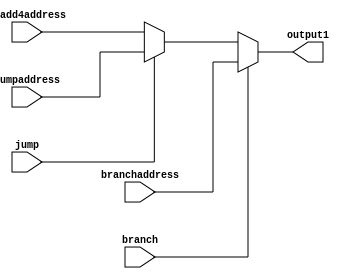
`timescale 1ns / 1ps
//////////////////////////////////////////////////////////////////////////////////
// Company: 
// Engineer: 
// 
// Design Name: 
// Module Name: muxpc
// Project Name: 
// Target Devices: 
// Tool Versions: 
// Description: 
// 
// Dependencies: 
// 
// Revision:
// Revision 0.01 - File Created
// Additional Comments:
// 
//////////////////////////////////////////////////////////////////////////////////


module muxpc(
    input [31:0] jumpaddress,branchaddress,pcadd4address,
    input branch,jump,
    output reg [31:0] output1
    );
    initial begin
    output1=0;
    end
    always @ (*)
    begin
        output1=pcadd4address;
        if(jump==1)
            output1=jumpaddress;
        if(branch==1)
            output1=branchaddress;
    end
endmodule